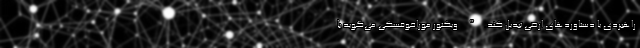
راهبردی یا دستاوردهای ارضی تبدیل کند." ویکتور موراخوفسکی می‌گوید با